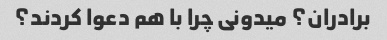
برادران؟ میدونی چرا با هم دعوا کردند؟